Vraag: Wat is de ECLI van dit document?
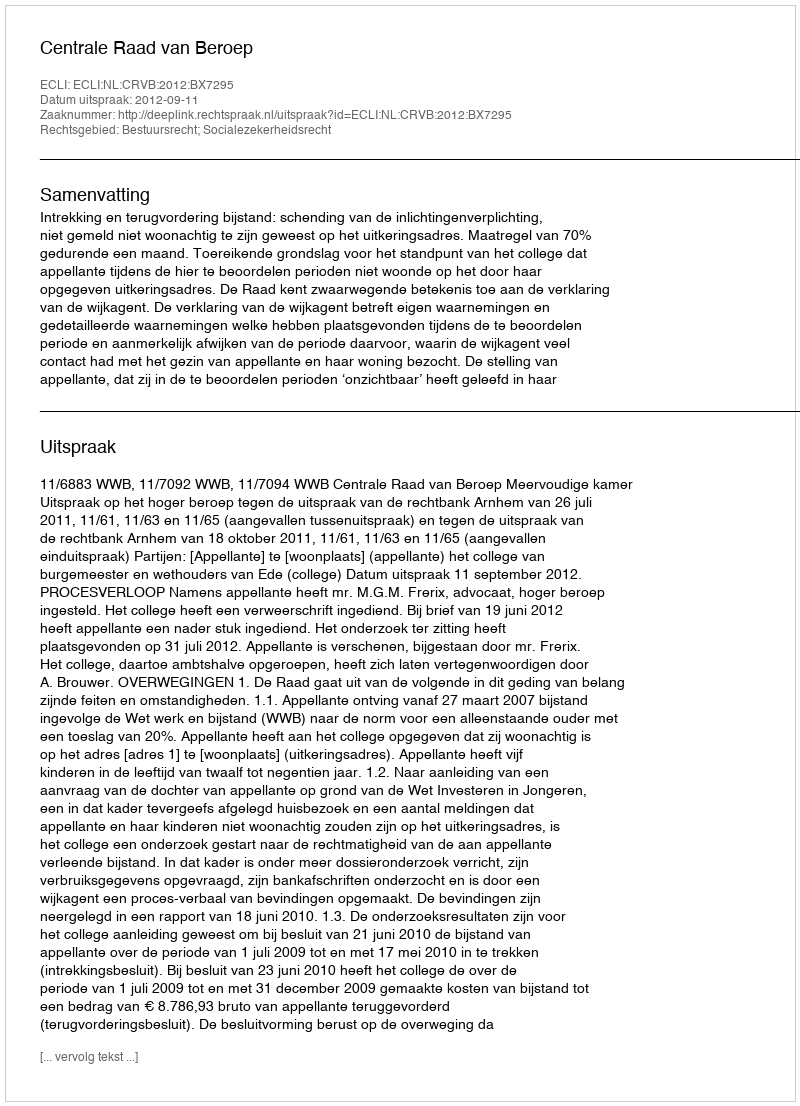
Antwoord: ECLI:NL:CRVB:2012:BX7295